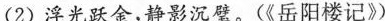
(2)浮光跃金，静影沉璧。(《岳阳楼记》)